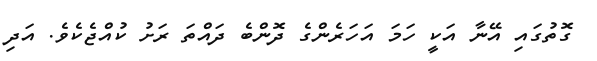
ގޮތުގައި އޭނާ އަކީ ހަމަ އަހަރެންގެ ދޮންބެ ދައްތަ ރަށު ކުއްޖެކެވެ. އަދި